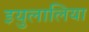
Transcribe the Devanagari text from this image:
इयुलालिया